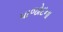
પાજોદના